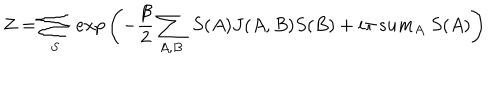
Z = \sum _ { S } \ e x p \left( - { \frac { \beta } { 2 } } \sum _ { A , B } \ S ( A ) J ( A , B ) S ( B ) + i \pi \, s u m _ { A } \ S ( A ) \right)